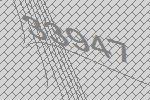
33947